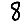
Digit: 8